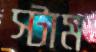
স্টাম